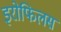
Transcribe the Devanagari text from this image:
इरोफिलस